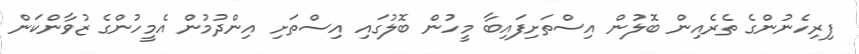
ފިރިހެނުންގެ ތެރެއިން ބޮލުން އިސްތަށިފައިބާ މީހުން ބޮލުގައި އިސްތަށި އިންދުމުން އެމީހުންގެ ޒުވާންކަން